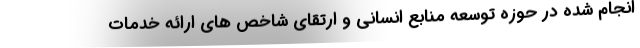
انجام شده در حوزه توسعه منابع انسانی و ارتقای شاخص های ارائه خدمات